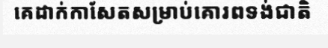
គេដាក់កាសែតសម្រាប់គោរពទង់ជាតិ